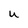
Character: U